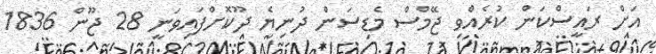
އަށް ރައީސްކަން ކުރެއްވި ޖޭމްސް މެޑިސަން ދުނިޔެ ދޫކޮށްފައިވަނީ 28 ޖޫން 1836